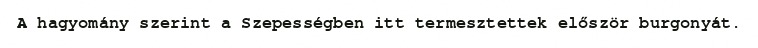
A hagyomány szerint a Szepességben itt termesztettek először burgonyát.